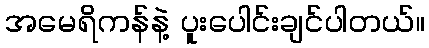
အမေရိကန်နဲ့ ပူးပေါင်းချင်ပါတယ်။